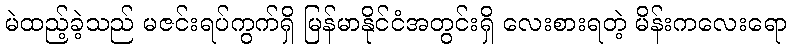
မဲထည့်ခဲ့သည် မဇင်းရပ်ကွက်ရှိ မြန်မာနိုင်ငံအတွင်းရှိ လေးစားရတဲ့ မိန်းကလေးရော